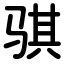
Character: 骐